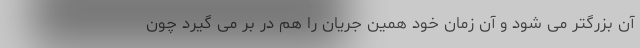
آن بزرگتر می شود و آن زمان خود همین جریان را هم در بر می گیرد چون